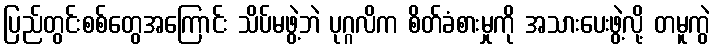
ပြည်တွင်းစစ်တွေအကြောင်း သိပ်မဖွဲ့ဘဲ ပုဂ္ဂလိက စိတ်ခံစားမှုကို အသားပေးဖွဲ့လို့ တမူကွဲ